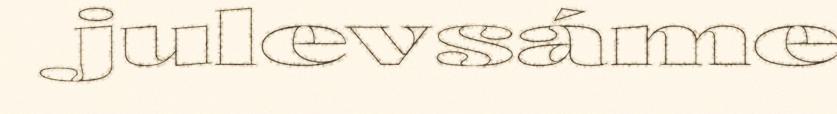
julevsáme